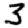
Digit: 3